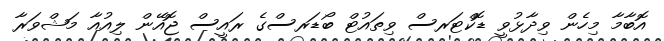
އޮބާމާ މިހެން ވިދާޅުވީ ޑޮކްޓަރސް ވިތައުޓް ބޯޑަރސްގެ ރައީސް ޖޮއޭން ލިއުއާ މަޝްވަރާ